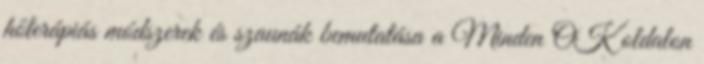
hőterápiás módszerek és szaunák bemutatása a Minden OK oldalon